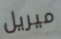
ميريل